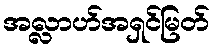
အလ္လာဟ်အရှင်မြတ်